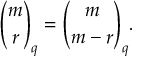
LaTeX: { \binom { m } { r } } _ { q } = { \binom { m } { m - r } } _ { q } .